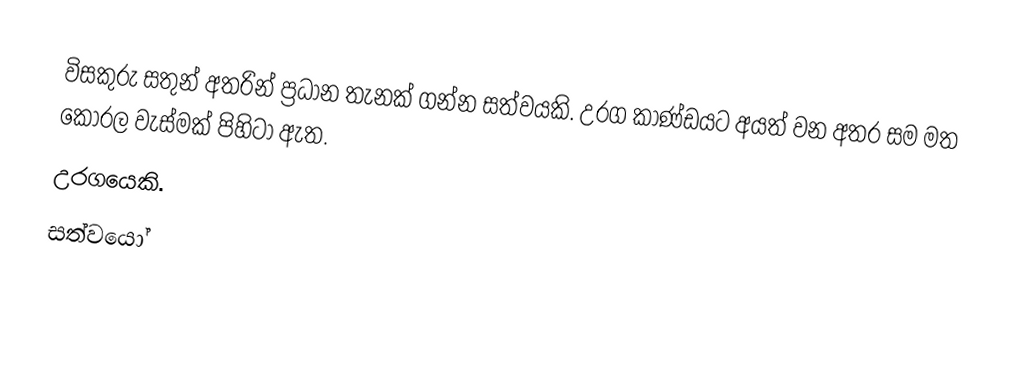
විසකුරු සතුන් අතරින් ප්‍රධාන තැනක් ගන්න සත්වයකි. උරග කාණ්ඩයට අයත් වන අතර සම මත කොරල වැස්මක් පිහිටා ඇත.
උරගයෙකි.
සත්වයෝ